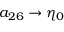
a _ { 2 6 } \to \eta _ { 0 }